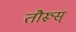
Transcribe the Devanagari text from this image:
तौरूस्